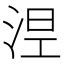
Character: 𣵀